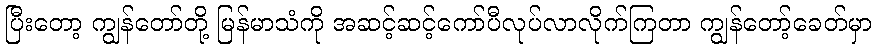
ပြီးတော့ ကျွန်တော်တို့ မြန်မာသံကို အဆင့်ဆင့်ကော်ပီလုပ်လာလိုက်ကြတာ ကျွန်တော့်ခေတ်မှာ